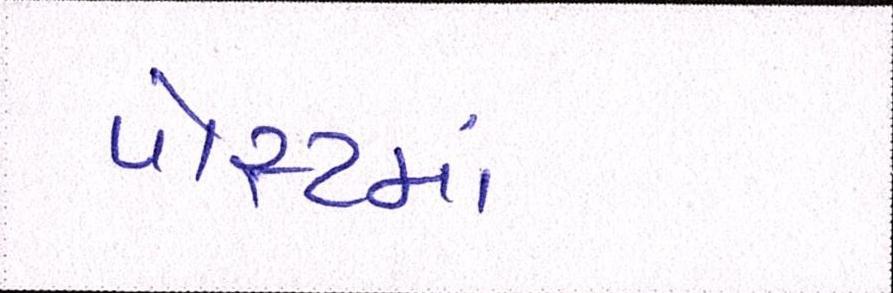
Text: પોસ્ટમાં